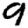
Digit: 9